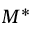
M ^ { * }